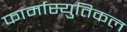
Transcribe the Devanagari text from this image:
फार्मास्युतिकल